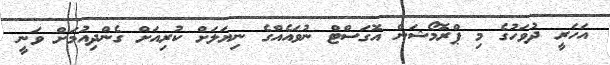
އަހަރީ ދުވަހުގެ މި ޕްރޮމޯޝަން އޮގަސްޓް ނުވައެއްގެ ނިޔަލަށް ކުރިއަށް ގެންދިއުމަށް ވަނީ